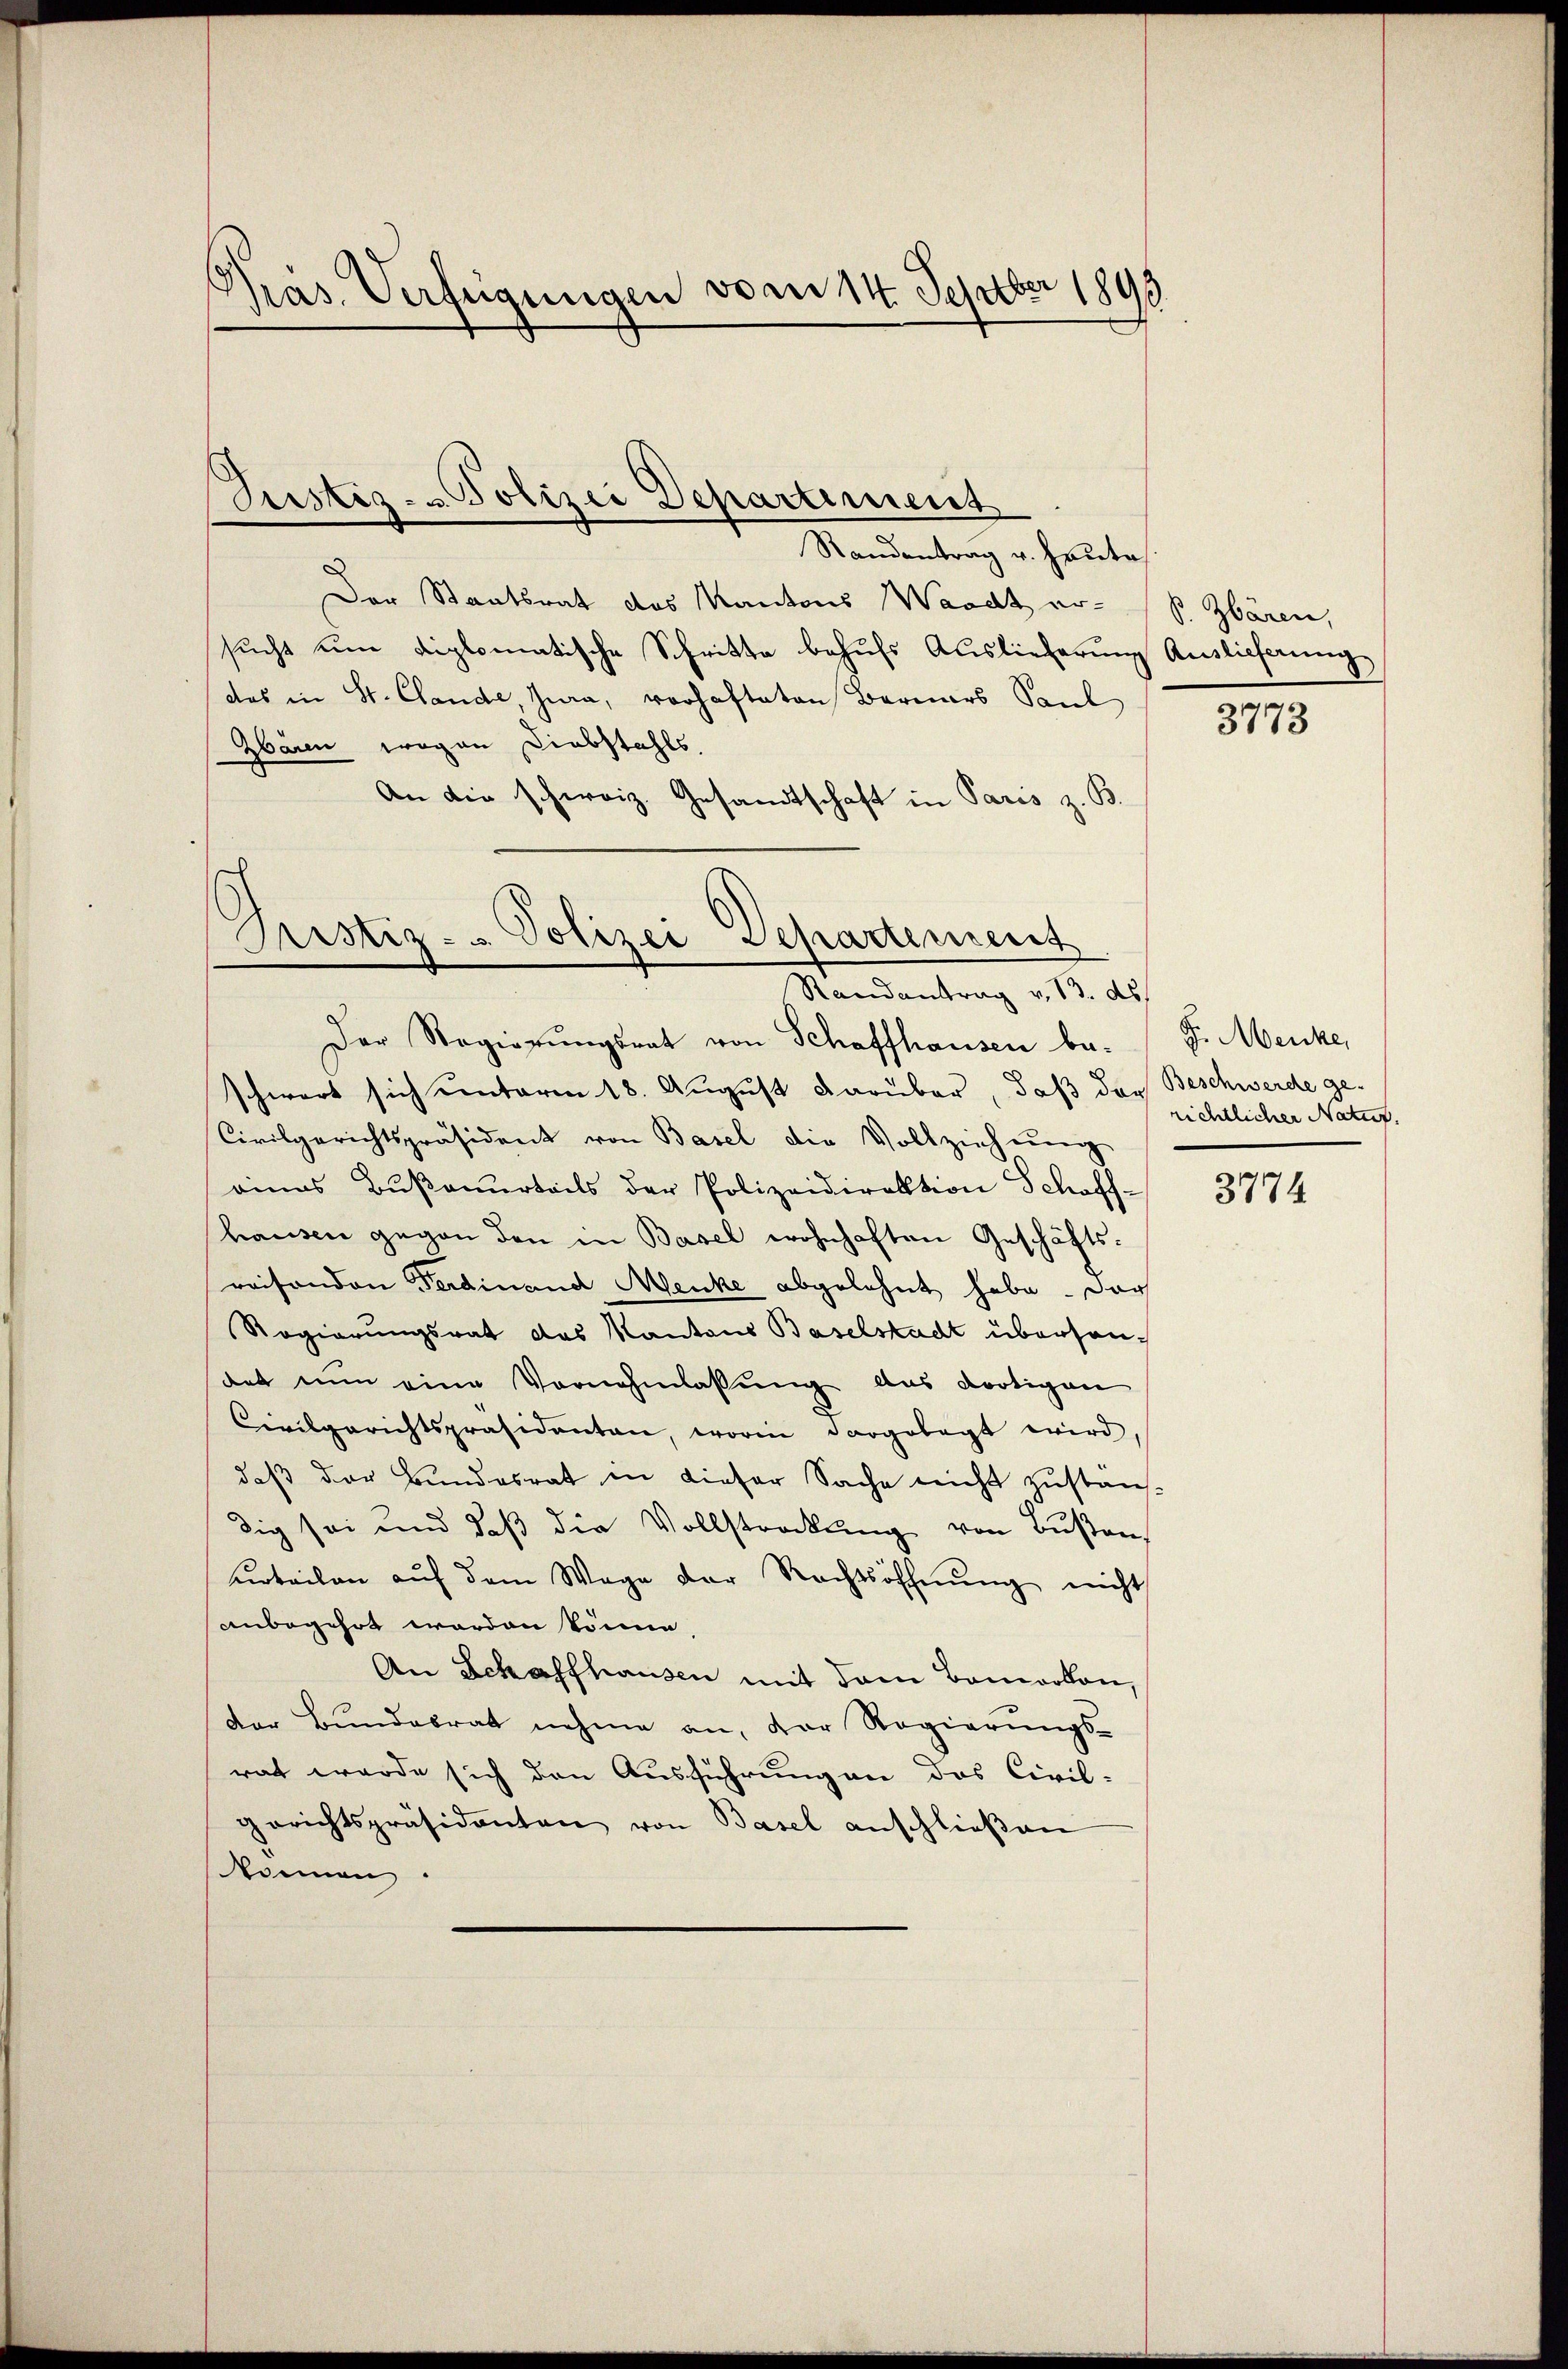
pras. Verfügungen vom 14. Septber 1895

Justiz- u Polizei Departiment

Prustiz- u Polizei Separtement
Randantrag v. 13. ds.

Randentrag u. heute
Der Staatsrat des Kantons Waadt er- B. Zbären,
sucht um diplomatische Schritte behufs Auslieferung Auslieferung
das in St. Clande, Jura, vorhafteten Berners Saul
Zbaren wegen Liebstahls,
An die schweiz. Gesandtschaft in Paris z. B.
Der Regierŭngsrat von Schaffhausen be- " G. Mencke,
schwert sich unterm 18. August darüber, daß der Beschwerde ge-
Civilgerichtspräsident von Basel die Vollziehung
eines Bußenurteils der Polizeidirektion Schoff
hausen gegen den in Basel wohnhaften Geschäftsraisonden Ferdinand Mencke abgelehnt habe. Das
Regierungsrat das Kantons Baselstadt überhandat nun eine Vornehmlassŭng das dortigen
Civilgerichtspräsidenten, worin dargelegt wird,
daβ der Bŭndesrat in dieser Sache nicht zŭstän-
dig sei und daß die Vollstreckung von Bußen
urteilen aŭf dem Wage der Rechtsöffnŭng nicht
anbegehrt worden könne,
An Schaffhausen mit dem Bemerken,
der Bundesrat nehme an, der Regierungs-
rat werde sich den Ausführung an das Civil-
gerichtspräsidenten von Basel anschlieβen
können.

3773

richtlicher Natur.

3774